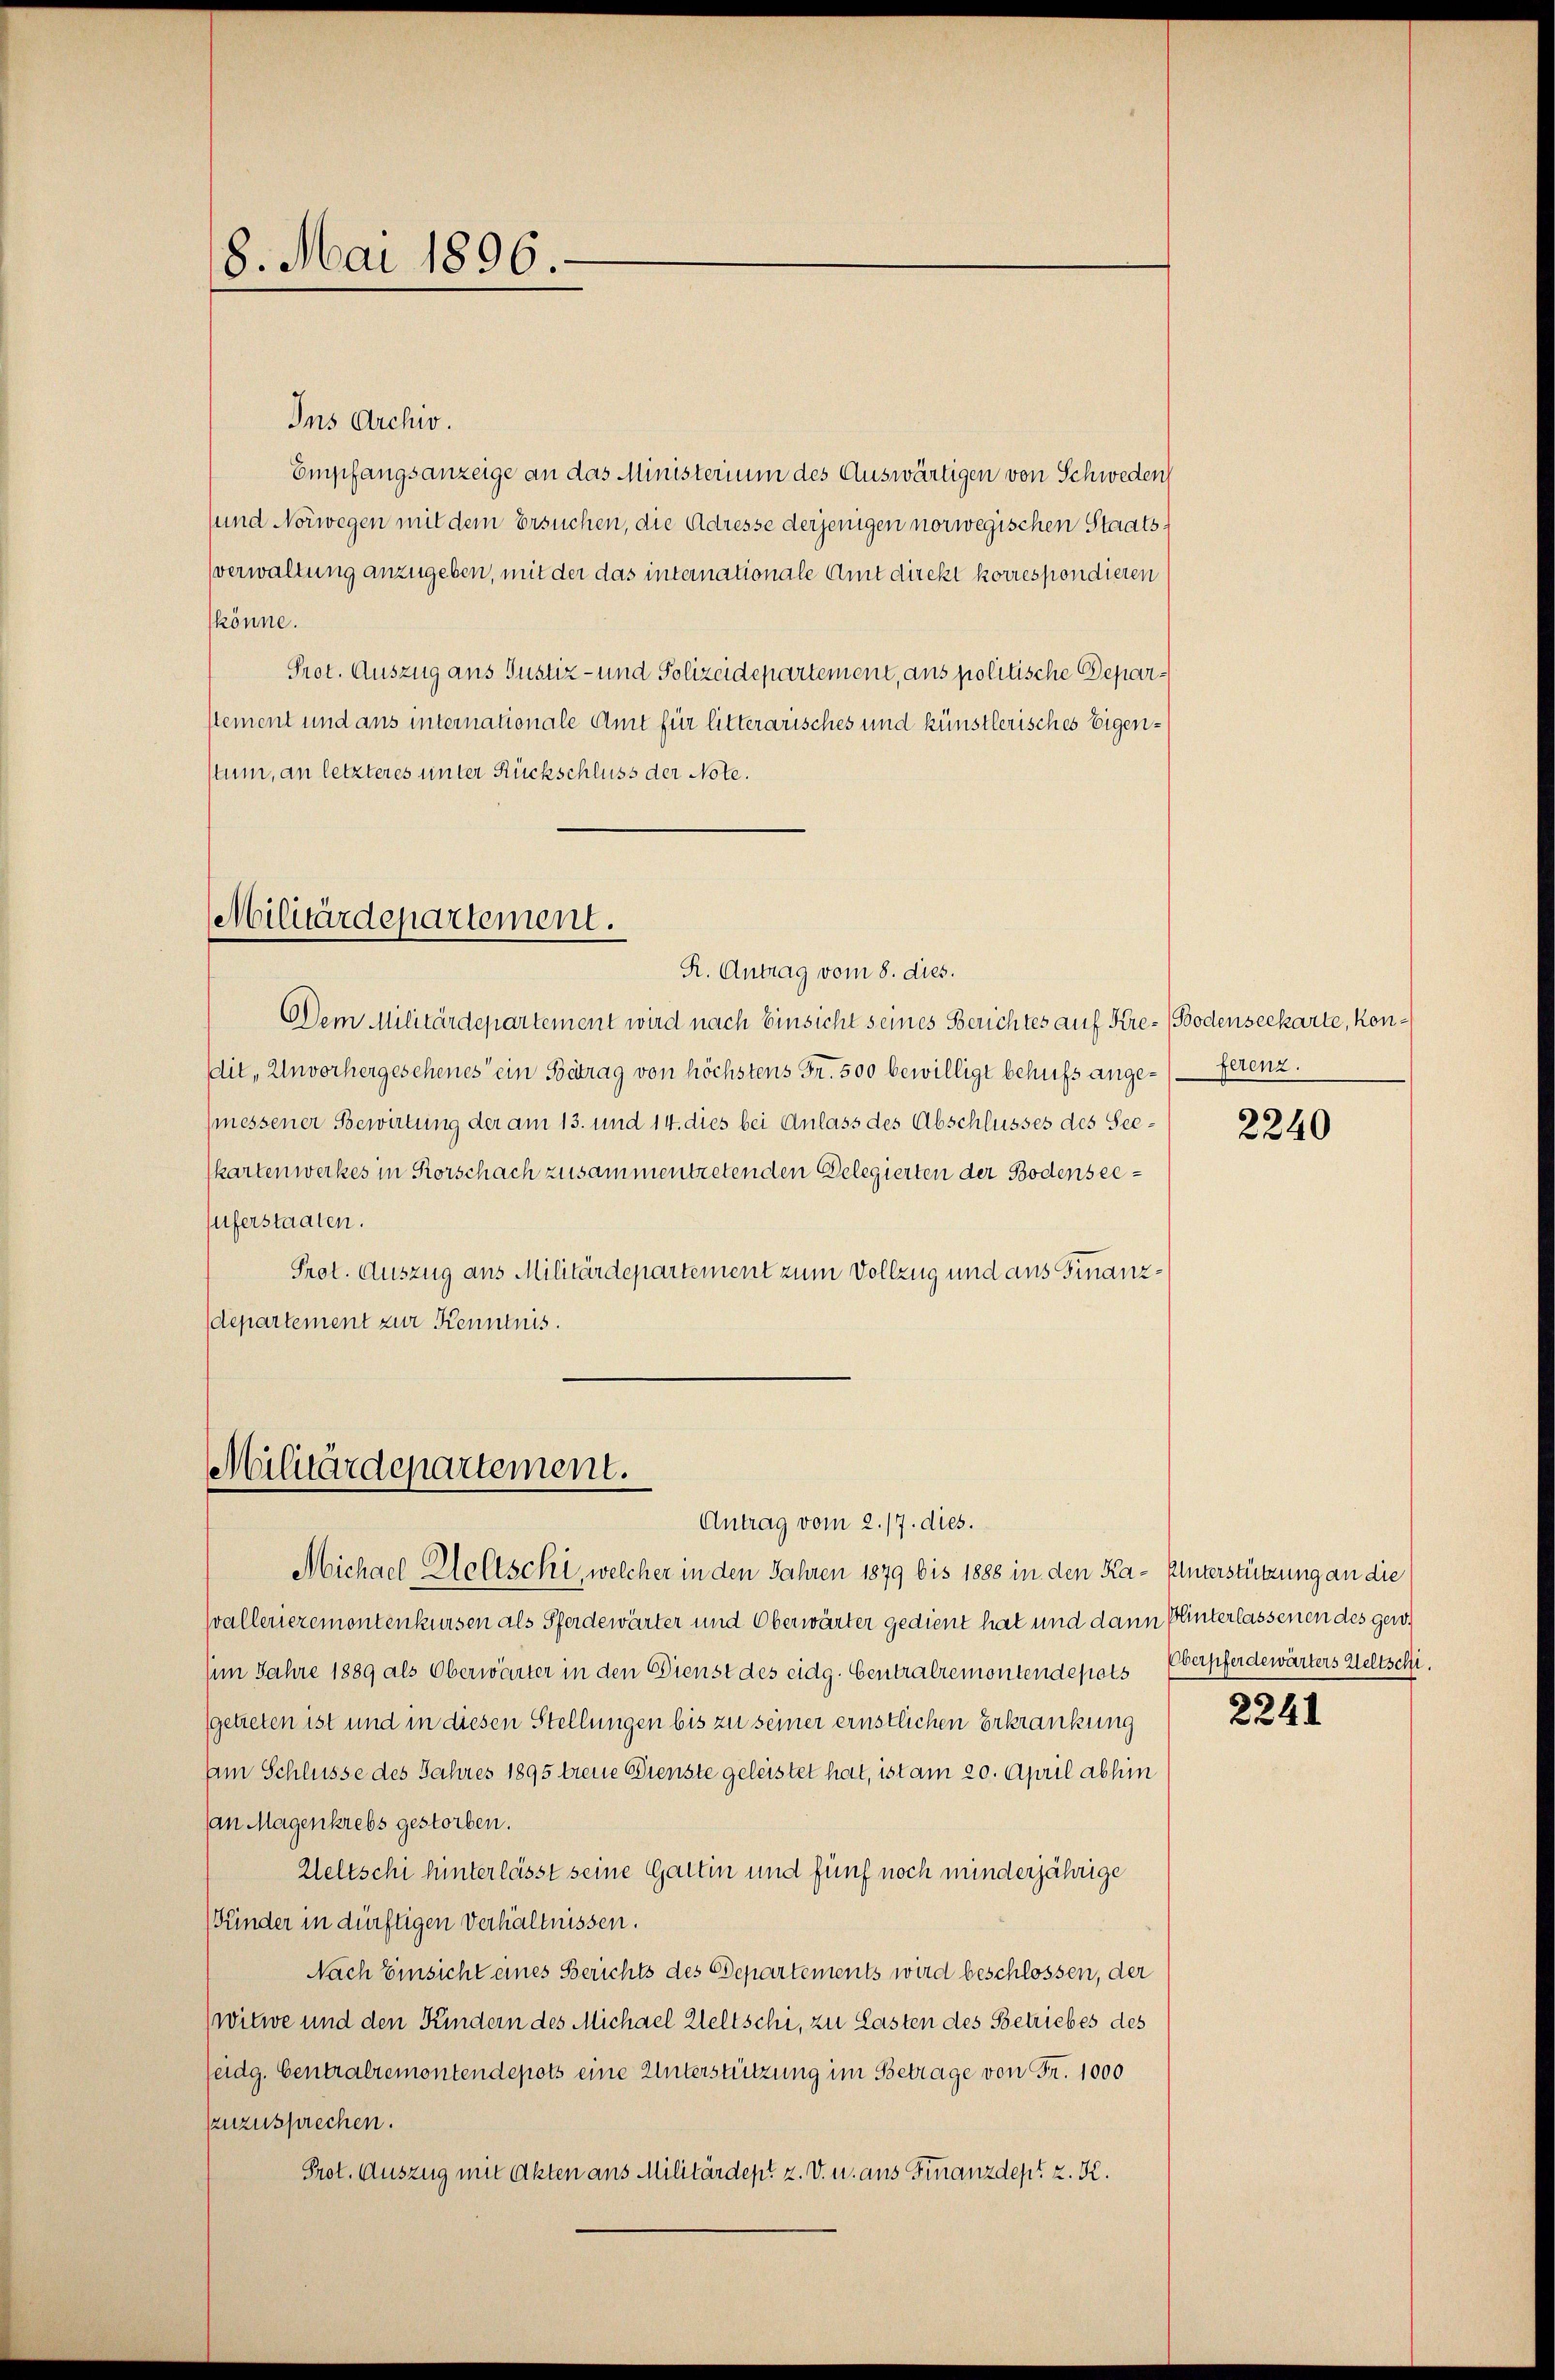
8. Mai 1896.

Ins Archiv.
Empfangsanzeige an das Ministerium des Auswärtigen von Schweden
sund Norwegen mit dem Ersuchen, die Adresse derjenigen norwegischen Staatssverwaltung anzugeben, mit der das internationale Amt direkt korrespondieren
könne.
Prot. Auszug aus Justiz- und Polizeidepartement, ans politische Deparstement und aus internationale Amt für litterarisches und künstlerisches Eigenstum, an letzteres unter Rückschluss der Note.

Militärdepartement.

Militärdepartement.

Antrag vom 2. 17. dies.

R. Antrag vom 8. dies.
Dem Militärdepartement wird nach Einsicht seines Berichtes auf Kre- Bodenseekarte, kondit, Unvorhergeschenes ein Betrag von höchstens Fr. 500 bewilligt behufs ange- ferenz.
(messener Bewirtung der am 13. und 14. dies bei Anlass des Abschlusses des Seekartenwerkes in Rorschach zusammentretenden Delegierten der Bodenseeuferstaaten.
Prot. Auszug aus Militärdepartement zum Vollzug und aus Finanzdepartement zur Kenntnis.

Michael-Hloltschi, welcher in den Jahren 1879 bis 1888 in den Ka- Unterstützung an die
Wvallerieremontenkursen als Pferdewärter und Oberwärter gedient hat und dann Blinterlassenen des gew
(im Jahre 1889 als Oberwärter in den Dienst des eidg. Centralremontendesrats Oberpferdewärters Weltschi.
getreten ist und in diesen Stellungen bis zu seiner ernstlichen Erkrankung
Am Schlüsse des Jahres 1895 treue Dienste geleistet hat, ist am 20. April abhin
an Magenkrebs gestorben.
Weltschi hinterlässt seine Gattin und fünf noch minderjährige
(Kinder in dürftigen Verhältnissen.
Nach Einsicht eines Berichts des Departements wird beschlossen, der
witwe und den Kindern des Michael Weltschi, zu Lasten des Betriebes des
eidg. Centralremontendepots eine Unterstützung im Betrage von Fr. 1000
nzusprechen.
Prot. Auszug mit Akten ans Militärdept z. V. u. aus Finanzdept z. K.

2240

2241